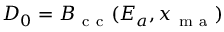
D _ { 0 } = { \cal B } _ { \mathrm { ~ c ~ c ~ } } ( E _ { a } , x _ { \mathrm { ~ m ~ a ~ } } )